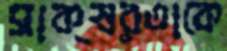
সাক্ষরতাকে